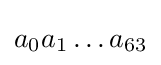
a_{0}a_{1}\ldots a_{63}